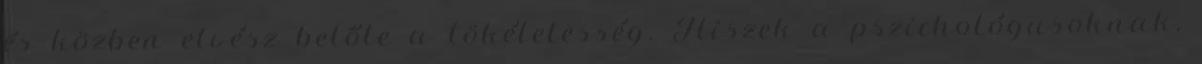
és közben elvész belőle a tökéletesség. Hiszek a pszichológusoknak,